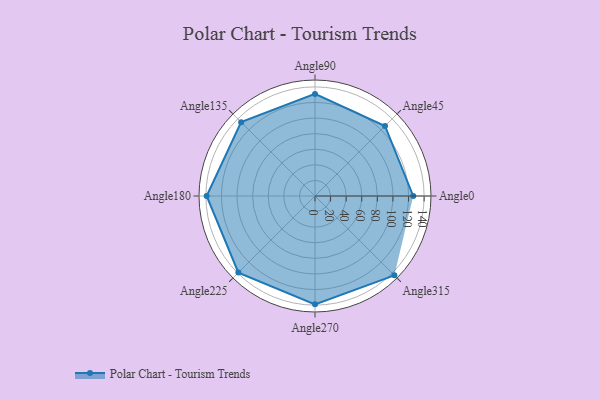
{"axis": {"x": "Angle", "y": "Radius"}, "legend": [""], "data": [{"x": "Angle0", "y": 126.0, "type": ""}, {"x": "Angle45", "y": 127.0, "type": ""}, {"x": "Angle90", "y": 131.0, "type": ""}, {"x": "Angle135", "y": 134.0, "type": ""}, {"x": "Angle180", "y": 139.0, "type": ""}, {"x": "Angle225", "y": 139.0, "type": ""}, {"x": "Angle270", "y": 139.0, "type": ""}, {"x": "Angle315", "y": 144.0, "type": ""}]}